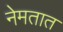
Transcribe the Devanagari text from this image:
नेमतात